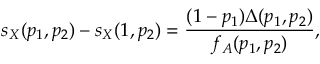
s _ { X } ( p _ { 1 } , p _ { 2 } ) - s _ { X } ( 1 , p _ { 2 } ) = \frac { ( 1 - p _ { 1 } ) \Delta ( p _ { 1 } , p _ { 2 } ) } { f _ { A } ( p _ { 1 } , p _ { 2 } ) } ,